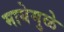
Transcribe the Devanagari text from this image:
मायेमुळे